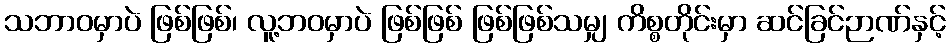
သဘာဝမှာပဲ ဖြစ်ဖြစ်၊ လူ့ဘဝမှာပဲ ဖြစ်ဖြစ် ဖြစ်ဖြစ်သမျှ ကိစ္စတိုင်းမှာ ဆင်ခြင်ဉာဏ်နှင့်